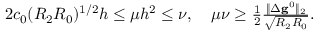
\begin{array} { r } { 2 c _ { 0 } ( R _ { 2 } R _ { 0 } ) ^ { 1 / 2 } h \leq \mu h ^ { 2 } \leq \nu , \quad \mu \nu \geq \frac { 1 } { 2 } \frac { \| \Delta \mathbf { g } ^ { 0 } \| _ { 2 } } { \sqrt { R _ { 2 } R _ { 0 } } } . } \end{array}